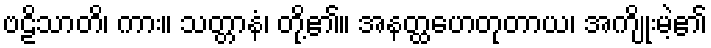
ဗဠိသာတိ၊ ကား။ သတ္တာနံ၊ တို့၏။ အနတ္ထဟေတုတာယ၊ အကျိုးမဲ့၏